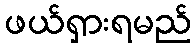
ဖယ်ရှားရမည်